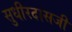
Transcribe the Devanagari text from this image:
सुधीरदासजी